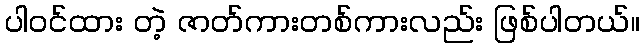
ပါဝင်ထား တဲ့ ဇာတ်ကားတစ်ကားလည်း ဖြစ်ပါတယ်။